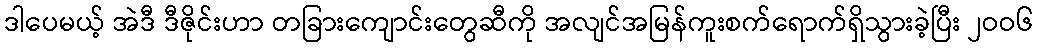
ဒါပေမယ့် အဲဒီ ဒီဇိုင်းဟာ တခြားကျောင်းတွေဆီကို အလျင်အမြန်ကူးစက်ရောက်ရှိသွားခဲ့ပြီး ၂ဝဝ၆